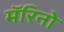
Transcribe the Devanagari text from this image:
मॅरिनो